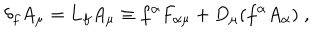
\delta _ { f } A _ { \mu } = { \bf L } _ { f } A _ { \mu } \equiv f ^ { \alpha } F _ { \alpha \mu } + D _ { \mu } ( f ^ { \alpha } A _ { \alpha } ) \; ,